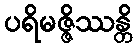
ပရိမဇ္ဇိဿန္တိ